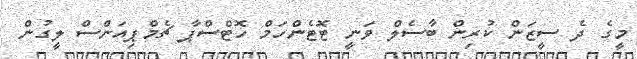
މީގެ ދެ ސީޒަން ކުރިން ބާސެލް ވަނީ ޓޮޓެންހަމް ހޮޓްސްޕާ ޗެމްޕިއަންސް ލީގުން